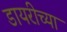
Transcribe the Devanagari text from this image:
डायरीच्या